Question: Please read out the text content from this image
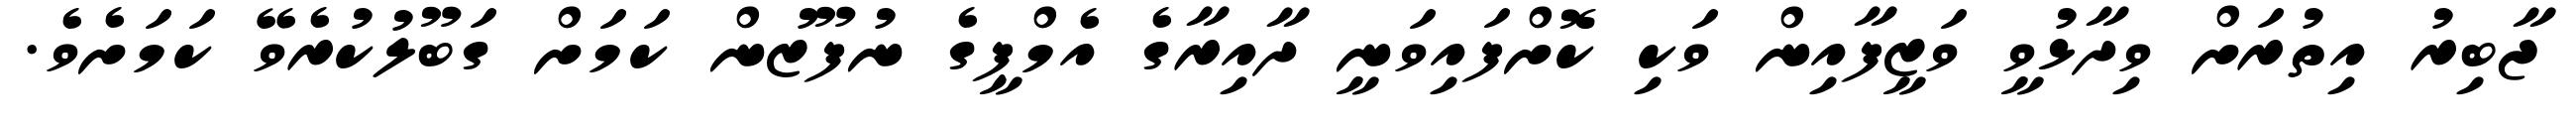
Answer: ޖާބިރު އިތުރަށް ވިދާޅުވީ ވަޒީފާއިން ވަކި ކޮށްފައިވަނީ ދާއިރާގެ އެމްޕީގެ ނުފޫޒުން ކަމަށް ގަބޫލުކުރެވޭ ކަމަށެވެ.